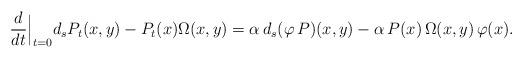
LaTeX: \begin{align*} \frac{d}{dt} \Big|_{t=0} d_sP_t(x,y) - P_t(x) \Omega(x,y) =\alpha\, d_s (\varphi\, P)(x,y)- \alpha\, P(x)\, \Omega(x,y)\, \varphi(x). \end{align*}